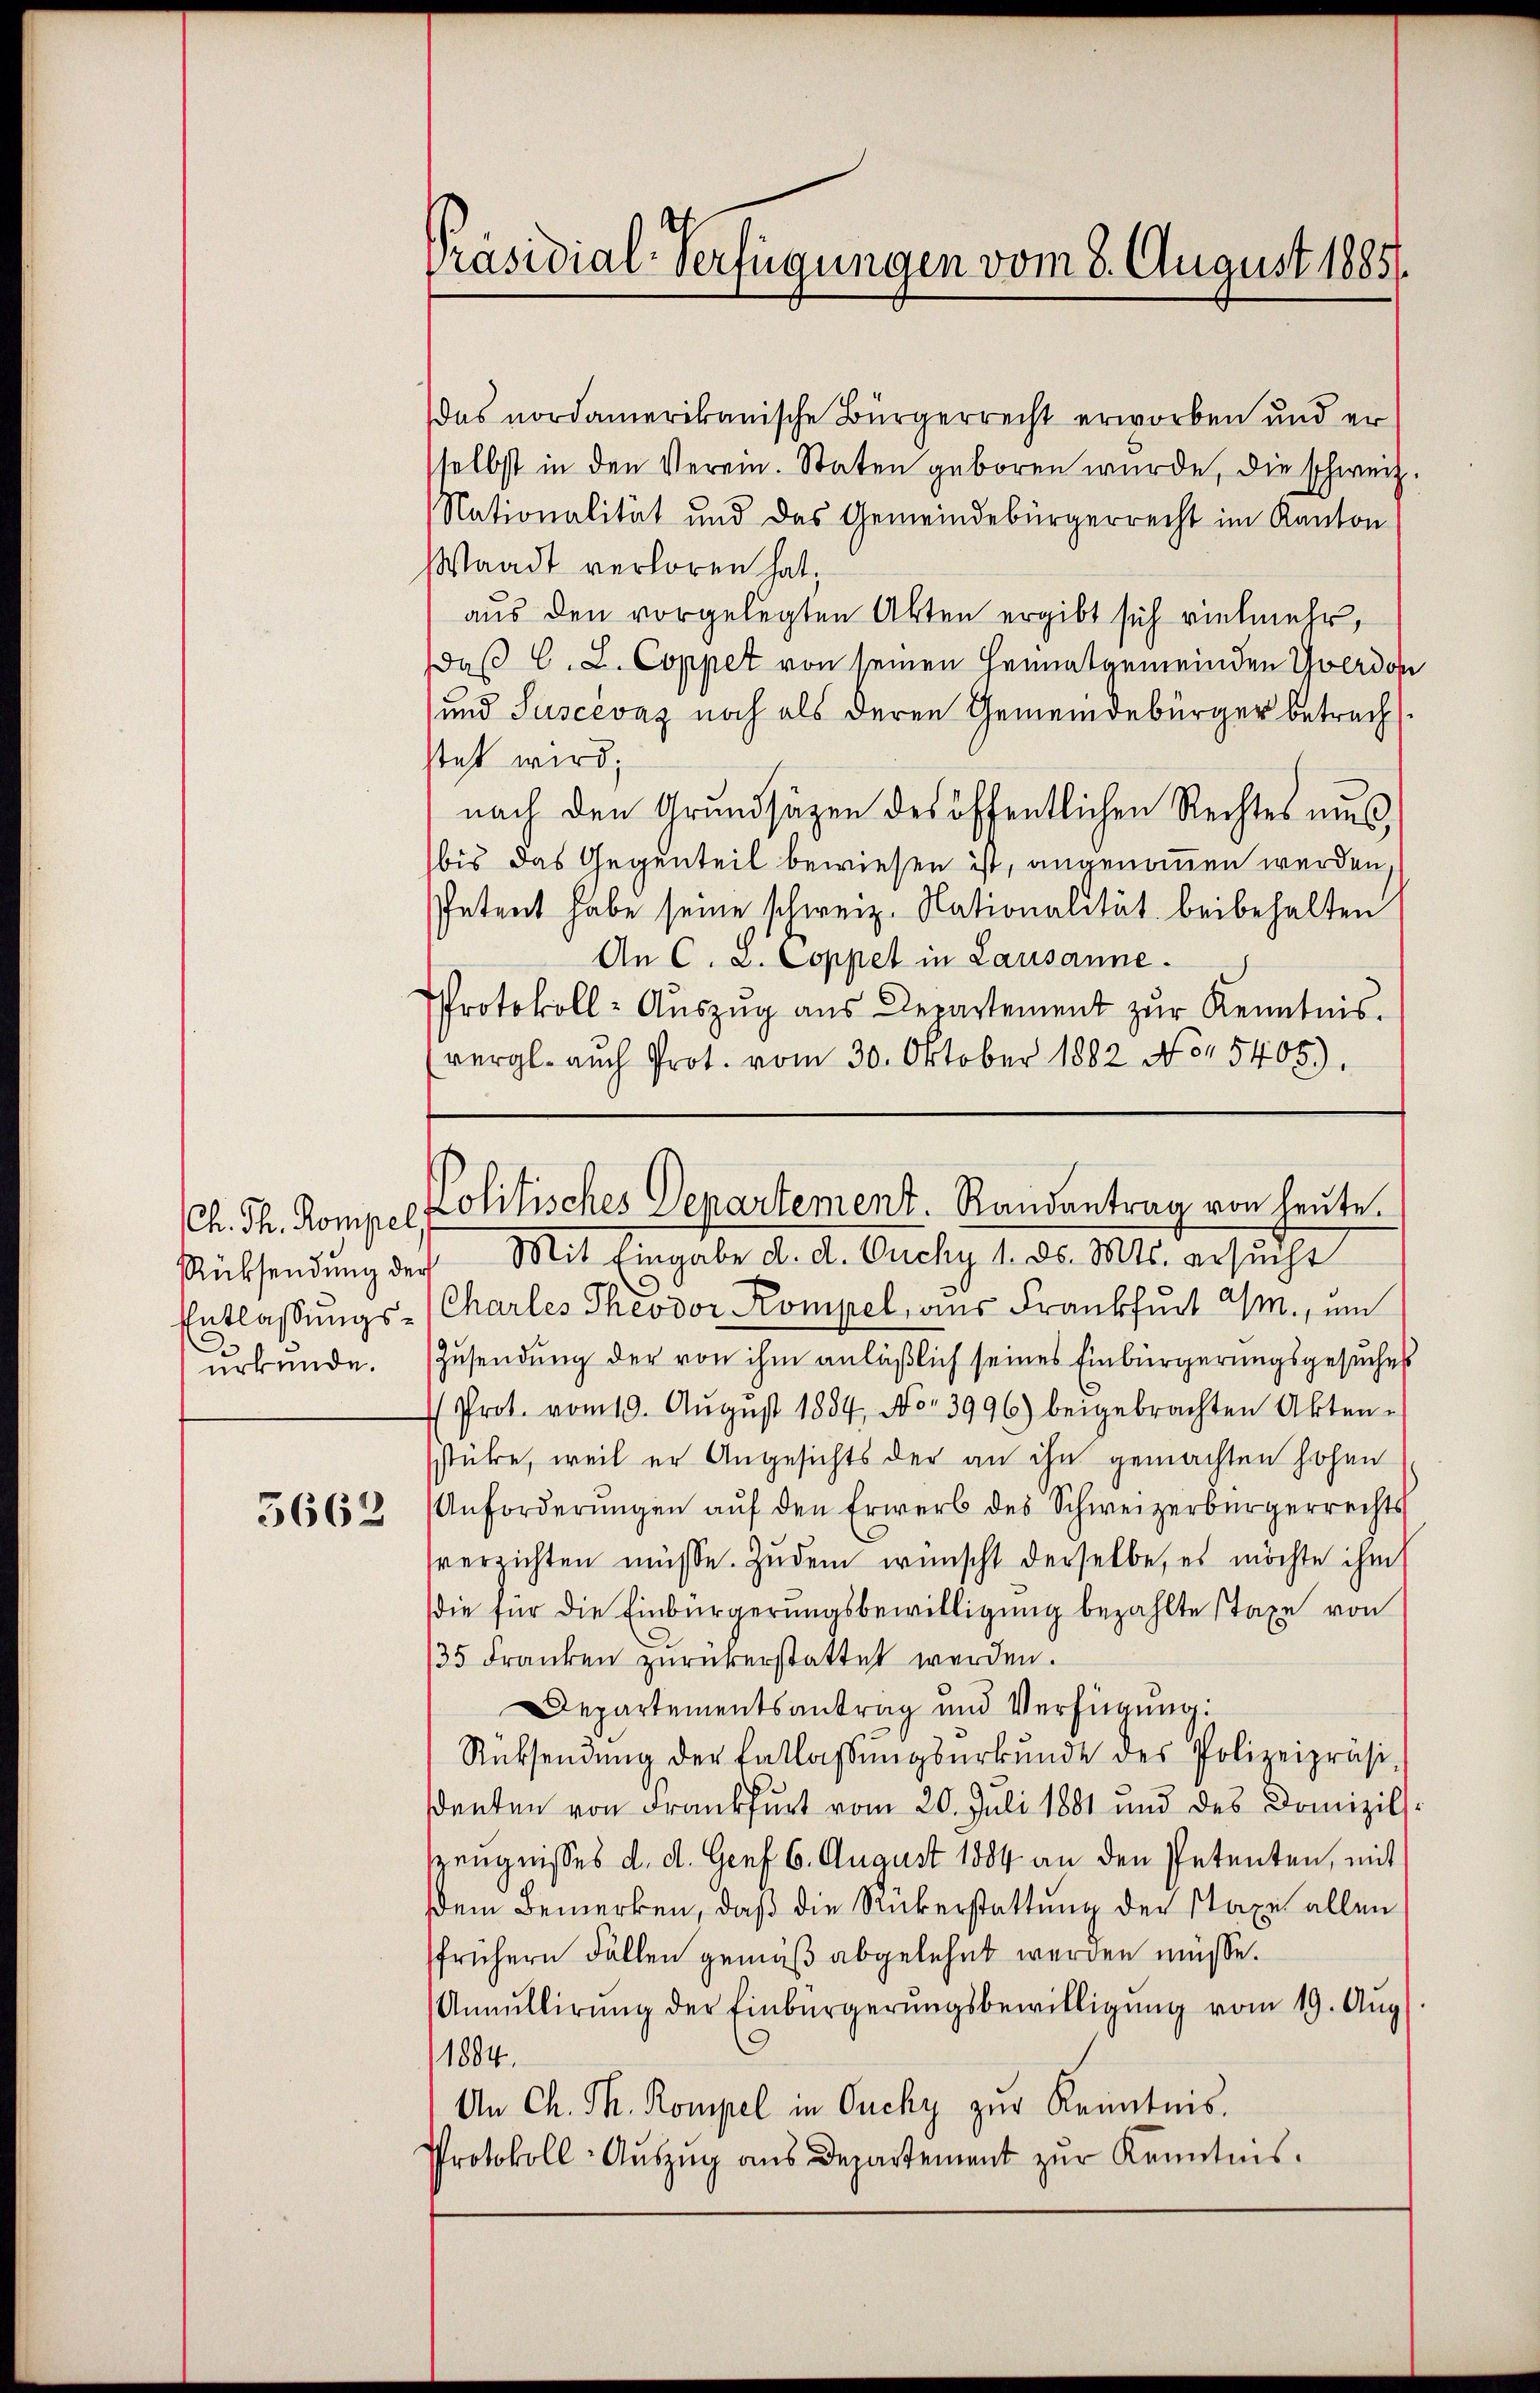
urkunde.

5662

Präsidial-Verfügungen vom 8. August 1885/

das nordamerikanische Bürgerrecht erworben und er
selbst in den Verein. Staten geboren wurde, die schweiz.
Nationalität und das Gemeindebürgerrecht im Kanton
Waadt verloren hat,
aus den vorgelegten Akten ergibt sich vielmehr,
daß C. L. Coppet von seinen Heimatgemeinden Yverdon
und Tuscévaz noch als deren Gemeindebürger betrachsteht wird;
nach den Grundsätzen des öffentlichen Rechtes aus,
bis das Gegenteil bewiesen ist, angenommen werden,
Petent habe seine schweiz. Nationalität beibehalten
An C. L. Coppet in Lausanne.
Protokoll- Aŭszŭg ans Departement zur Kenntnis.
vergl. auch Prot. vom 30. Oktober 1882 No 5405).

Ch. Th. Kompel Politisches Departement. Randantrag von heute

Rücksendŭng der Mit Eingabe d. d. Ouchy 1. ds. Mts. ersŭcht
Entlassungs- (Charles Theodor Kompel, aus Frankfurt a/M., um
Zusendung der von ihm anläßlich seines Einbürgerungsgesuches
Prot. vom 19. August 1884, No 3996) beigebrachten Akten e
sstücke, weil er Angesichts der an ihn gemachten hohen
Anforderungen auf den Erwerb des Schweizerbürgerrechts
verzichten müsse. Zŭdem wünscht derselbe, es möchte ihm
die für die Einbürgerungsbewilligung bezahlte staxe von
35 Franken zŭrükerstattet werden.
Departementsantrag und Verfügung:
Rücksendŭng der Entlassŭngsŭrkŭnde des Polizeipräsi-
ddenten von Frankfurt vom 20. Juli 1881 und des Domizill-
Zeugnisses d. d. Genf 6. August 1884 an den Petenten, mit
dem Bemerken, daß die Rükerstattung der Staxe allen
frühern Fällen gemäß abgelehnt werden müsse.
Annullirŭng der Einbürgerŭngsbewilligŭng vom 19. Aŭg.
1884.
An Ch. Th. Kompel in Ouchy zŭr Kenntnis.
Protokoll-Aŭszŭg ans Departement zŭr Kenntnis.